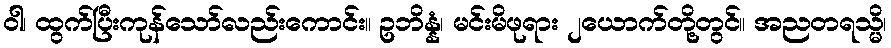
ဝါ၊ ထွက်ပြီးကုန်သော်လည်းကောင်း။ ဥဘိန္နံ၊ မင်းမိဖုရား ၂ယောက်တို့တွင်။ အညတရသ္မိ၊